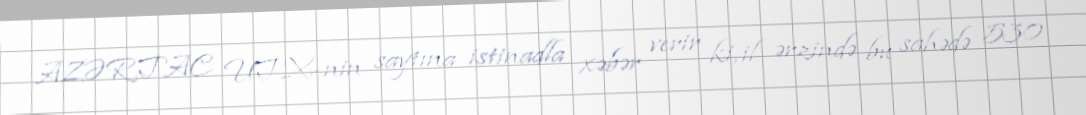
AZƏRTAC UTX-nin saytına istinadla xəbər verir ki, il ərzində bu sahədə 530